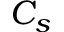
C _ { s }